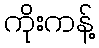
ကိုးကန့်